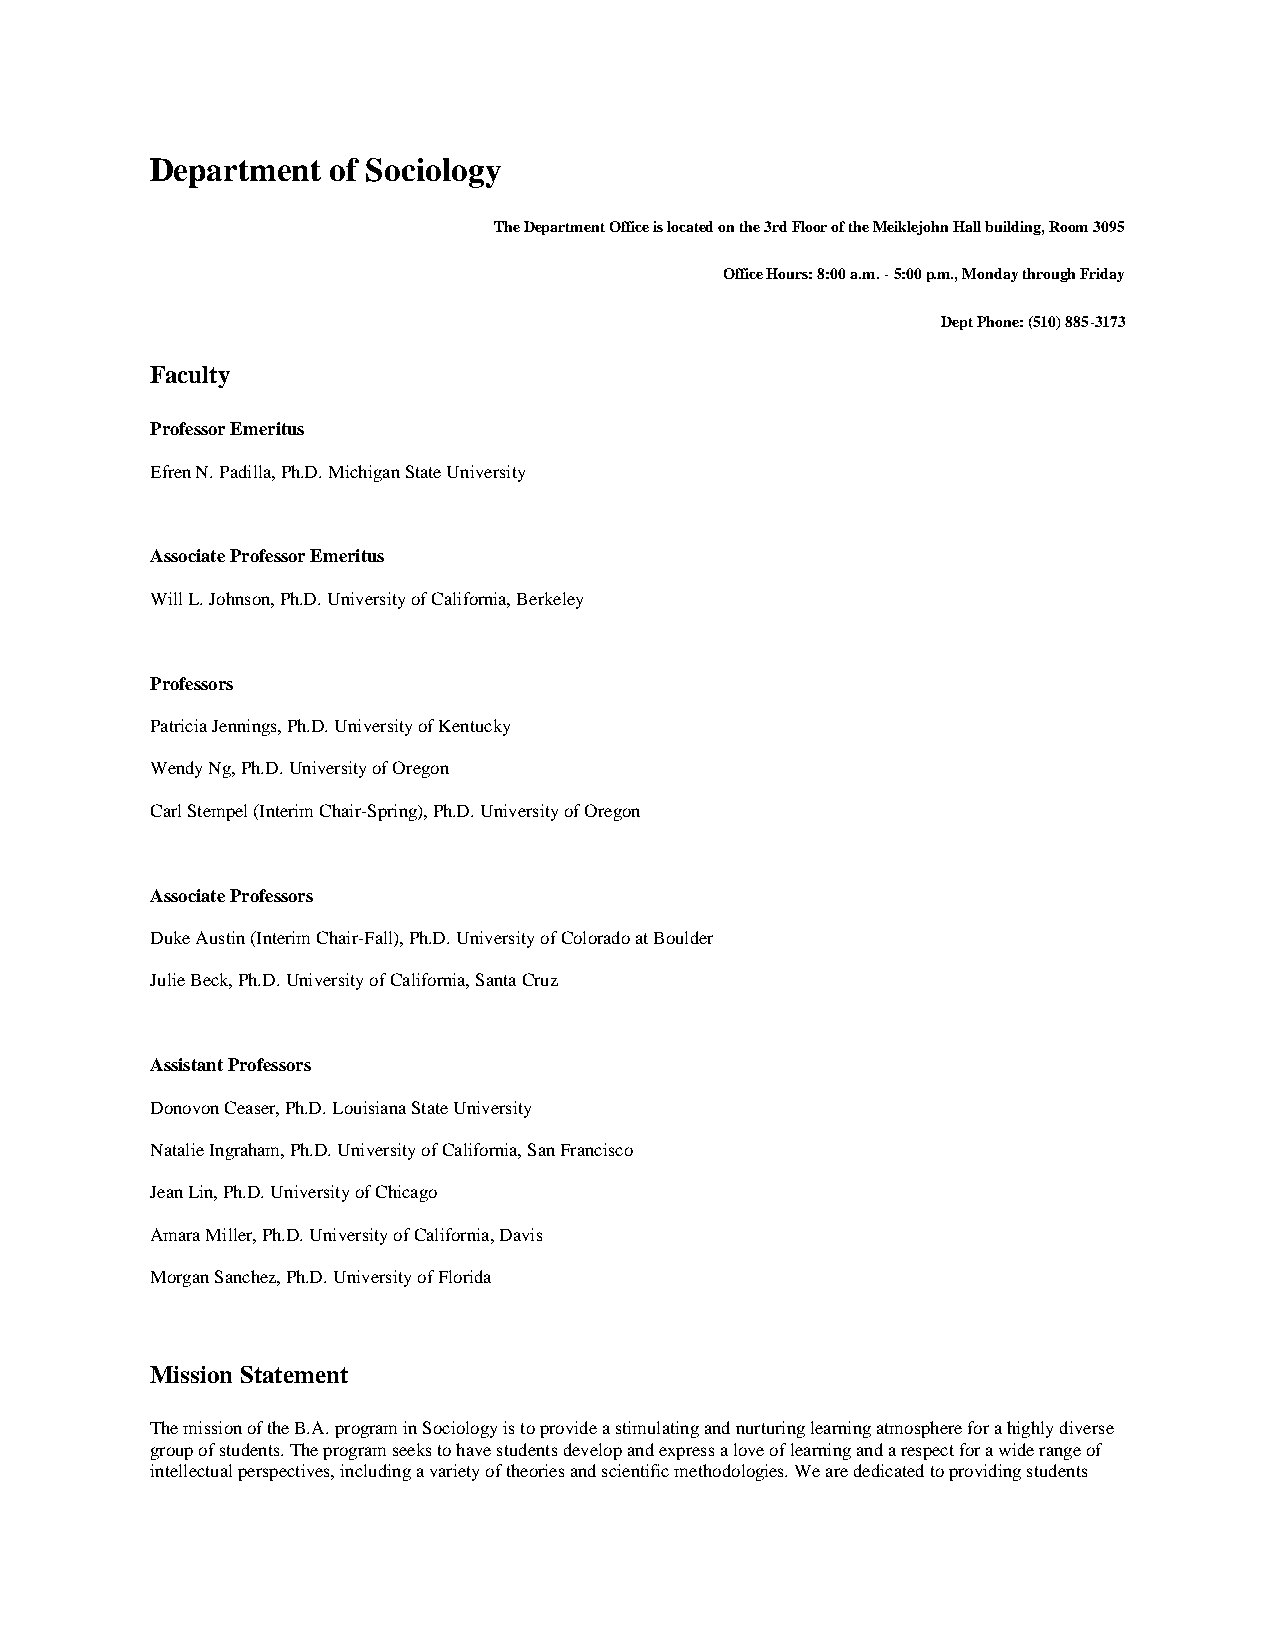
Department  of Sociology
 The Department Office is located on the 3rd Floor of the Meiklejohn Hall building, Room 3095
 Office Hours: 8:00 a.m. - 5:00 p.m., Monday through Friday
 Dept Phone: (510) 885-3173
 Faculty
 Professor Emeritus
 Efren N. Padilla, Ph.D. Michigan State University
 Associate Professor Emeritus
 Will L. Johnson, Ph.D. University of California, Berkeley
 Professors
 Patricia Jennings, Ph.D. University of Kentucky
 Wendy Ng, Ph.D. University of Oregon
 Carl Stempel (Interim Chair-Spring), Ph.D. University of Oregon
 Associate Professors
 Duke Austin (Interim Chair-Fall), Ph.D. University of Colorado at Boulder
 Julie Beck, Ph.D. University of California, Santa Cruz
 Assistant Professors
 Donovon Ceaser, Ph.D. Louisiana State University
 Natalie Ingraham, Ph.D. University of California, San Francisco
 Jean Lin, Ph.D. University of Chicago
 Amara Miller, Ph.D. University of California, Davis
 Morgan Sanchez, Ph.D. University of Florida
 Mission Statement
 The mission of the B.A. program in Sociology is to provide a stimulating and nurturing learning atmosphere for a highly diverse
 group of students. The program seeks to have students develop and express a love of learning and a respect for a wide range of
 intellectual perspectives, including a variety of theories and scientific methodologies. We are dedicated to providing students